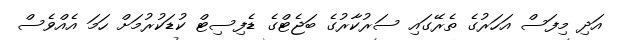
އަދި މިފަސް އަހަރުގެ ތެރޭގައި ސަރުކާރުގެ ބަޖެޓްގެ ޑެފިސިޓް ކުޑަކުރުމަށް ހަމަ އެއްވެސް